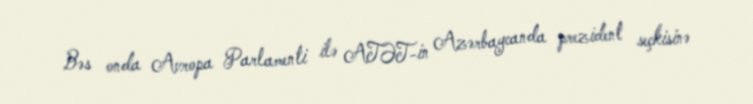
Bəs onda Avropa Parlamenti ilə ATƏT-in Azərbaycanda prezident seçkisinə